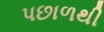
પછાળથી